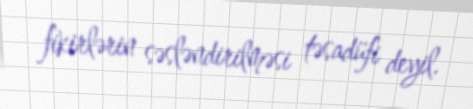
fikirlərin səsləndirilməsi təsadüfi deyil.